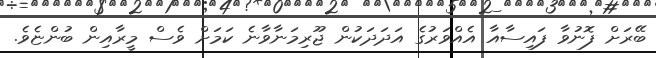
ބޭރަށް ފޮނުވާ ފައިސާއާ އެއްވަރުގެ އަދަދަކުން ޖޫރިމަނާވާނެ ކަމަށް ވެސް މީރާއިން ބުންޏެވެ.